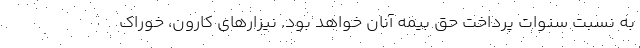
به نسبت سنوات پرداخت حق بیمه آنان خواهد بود. نیزارهای کارون، خوراک